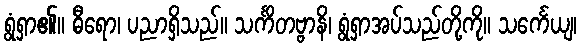
ရွံရှာ၏။ ဓီရော၊ ပညာရှိသည်။ သင်္ကိတဗ္ဗာနိ၊ ရွံရှာအပ်သည်တို့ကို။ သင်္ကေယျ၊